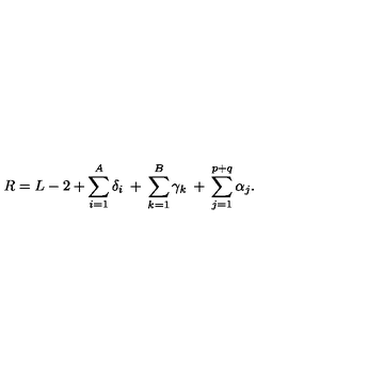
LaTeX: R = L - 2 + \sum _ { i = 1 } ^ { A } \delta _ { i } \: + \: \sum _ { k = 1 } ^ { B } \gamma _ { k } \: + \: \sum _ { j = 1 } ^ { p + q } \alpha _ { j } .